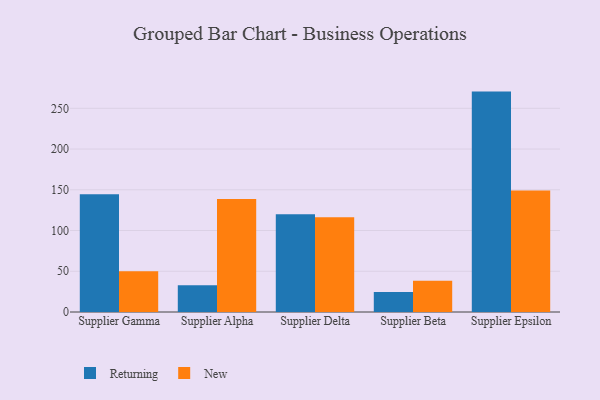
{"axis": {"x": "Supplier", "y": "Production Output"}, "legend": ["New", "Returning"], "data": [{"x": "Supplier Gamma", "y": 144.6, "type": "Returning"}, {"x": "Supplier Gamma", "y": 50.1, "type": "New"}, {"x": "Supplier Alpha", "y": 32.7, "type": "Returning"}, {"x": "Supplier Alpha", "y": 138.6, "type": "New"}, {"x": "Supplier Delta", "y": 120.0, "type": "Returning"}, {"x": "Supplier Delta", "y": 116.4, "type": "New"}, {"x": "Supplier Beta", "y": 24.6, "type": "Returning"}, {"x": "Supplier Beta", "y": 38.4, "type": "New"}, {"x": "Supplier Epsilon", "y": 270.5, "type": "Returning"}, {"x": "Supplier Epsilon", "y": 149.1, "type": "New"}]}